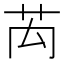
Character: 𮎤